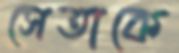
সেতাকে